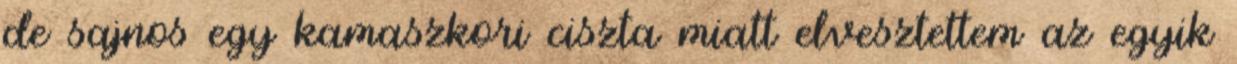
de sajnos egy kamaszkori ciszta miatt elvesztettem az egyik